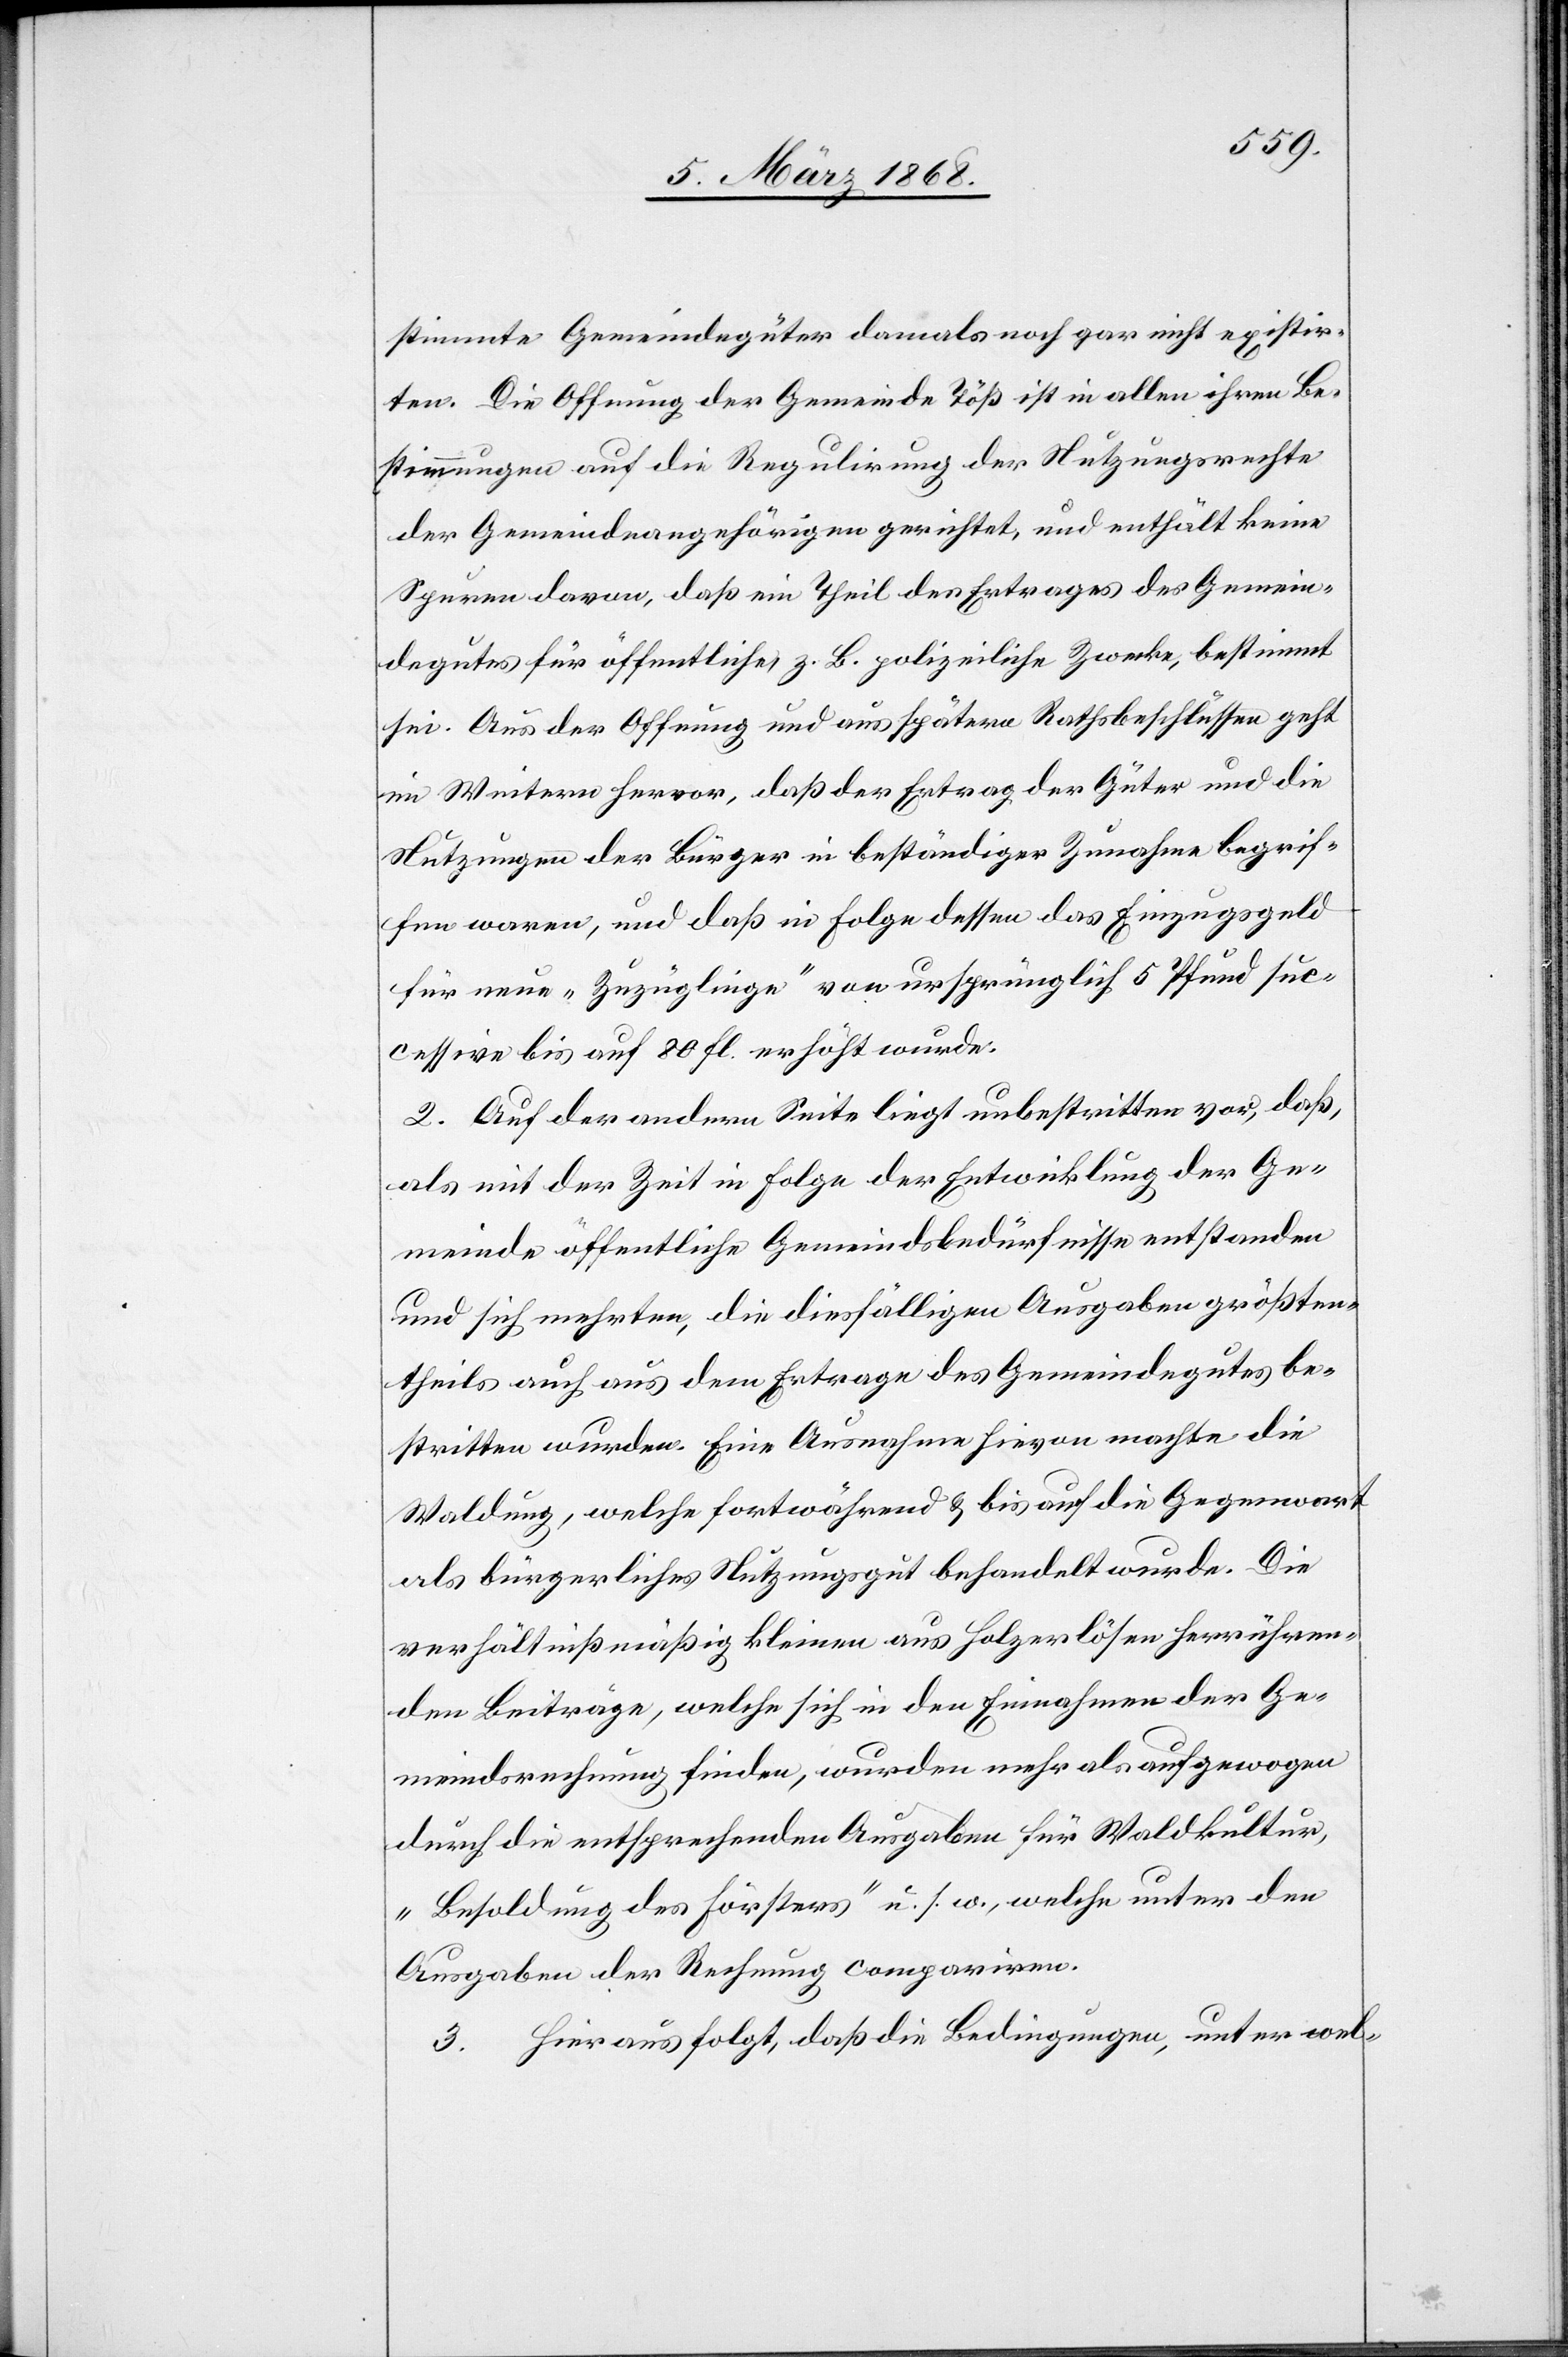
stimmte Gemeindegüter damals noch gar nicht existir¬
ten. Die Offnung der Gemeinde Töß ist in allen ihren Be¬
stimmungen auf die Regulirung der Nutzungsrechte
der Gemeindeangehörigen gerichtet, und enthält keine
Spuren davon, daß ein Theil des Ertrages des Gemein¬
degutes für öffentliche, z. B. polizeiliche Zwecke, bestimmt
sei. Aus der Offnung und aus spätern Rathsbeschlüssen geht
im Weitern hervor, daß der Ertrag der Güter und die
Nutzungen der Bürger in beständiger Zunahme begrif¬
fen waren, und daß in Folge dessen das Einzugsgeld
für neue „Zuzüglinge“ von ursprünglich 5 Pfund suc¬
cessive bis auf 80 fl. erhöht wurde.
2. Auf der andern Seite liegt unbestritten vor, daß,
als mit der Zeit in Folge der Entwicklung der Ge¬
meinde öffentliche Gemeindsbedürfnisse entstanden
und sich mehrten, die diesfälligen Ausgaben größten¬
theils auch aus dem Ertrage des Gemeindegutes be¬
stritten wurden. Eine Ausnahme hievon machte die
Waldung, welche fortwährend & bis auf die Gegenwart
als bürgerliches Nutzungsgut behandelt wurde. Die
verhältnißmäßig kleinen aus Holzerlösen herrühren¬
den Beiträge, welche sich in den Einnahmen der Ge¬
meindsrechnung finden, wurden mehr als aufgewogen
durch die entsprechenden Ausgaben für Waldkultur,
„Besoldung des Försters“ u. s. w., welche unter den
Ausgaben der Rechnung compariren.
3. Hieraus folgt, daß die Bedingungen, unter wel-